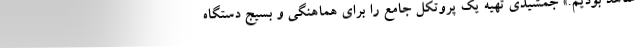
شاهد بودیم.» جمشیدی تهیه یک پروتکل جامع را برای هماهنگی و بسیج دستگاه